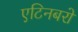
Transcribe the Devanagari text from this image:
एटिनबरो